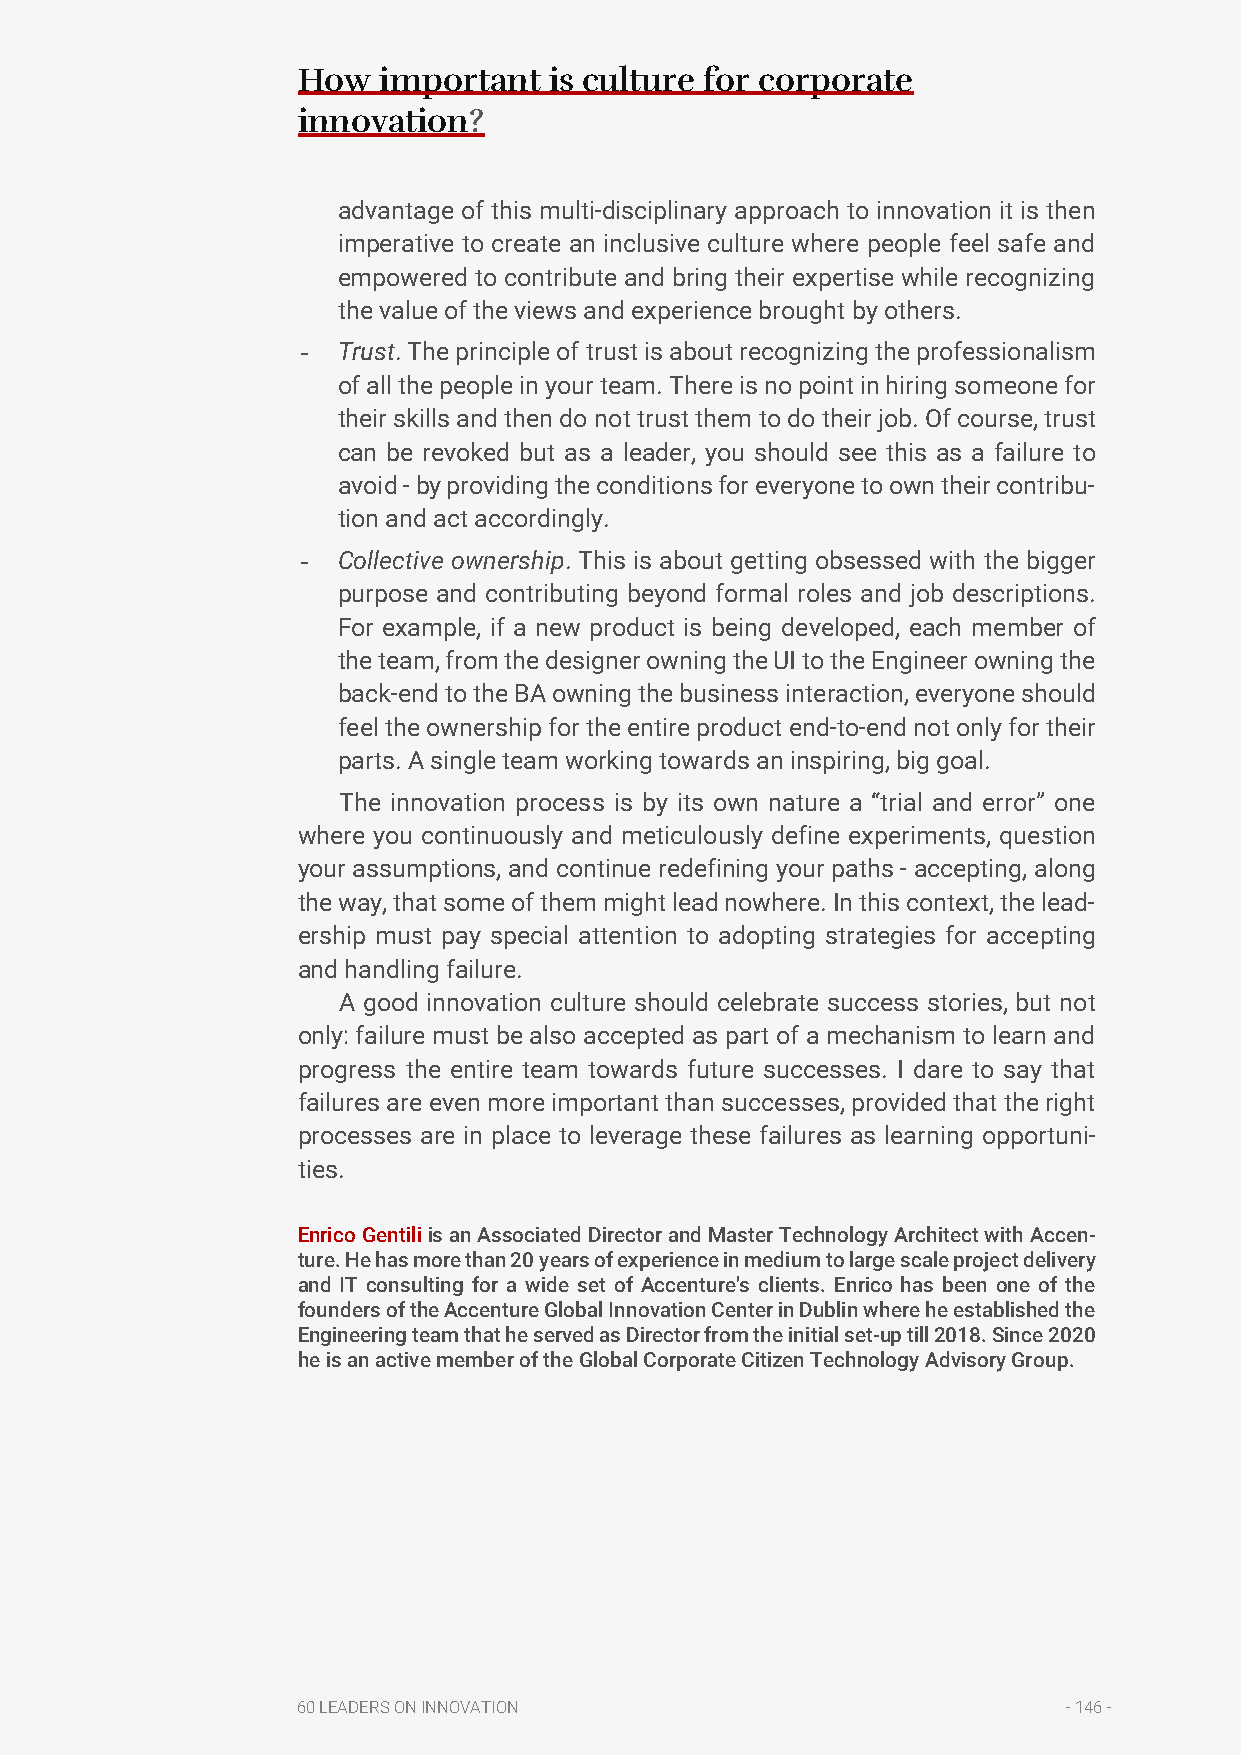
How  important  is culture for corporate
 innovation?
 advantage of this multi-disciplinary approach to innovation it is then
 imperative to create an inclusive culture where people feel safe and
 empowered to contribute and bring their expertise while recognizing
 the value of the views and experience brought by others.
 - Trust. The principle of trust is about recognizing the professionalism
 of all the people in your team. There is no point in hiring someone for
 their skills and then do not trust them to do their job. Of course, trust
 can be revoked but as a leader, you should see this as a failure to
 avoid - by providing the conditions for everyone to own their contribu-
 tion and act accordingly.
 - Collective ownership. This is about getting obsessed with the bigger
 purpose and contributing beyond formal roles and job descriptions.
 For example, if a new product is being developed, each member of
 the team, from the designer owning the UI to the Engineer owning the
 back-end to the BA owning the business interaction, everyone should
 feel the ownership for the entire product end-to-end not only for their
 parts. A single team working towards an inspiring, big goal.
 The innovation process is by its own nature a “trial and error” one
 where you continuously and meticulously define experiments, question
 your assumptions, and continue redefining your paths - accepting, along
 the way, that some of them might lead nowhere. In this context, the lead-
 ership must pay special attention to adopting strategies for accepting
 and handling failure.
 A good innovation culture should celebrate success stories, but not
 only: failure must be also accepted as part of a mechanism to learn and
 progress the entire team towards future successes. I dare to say that
 failures are even more important than successes, provided that the right
 processes are in place to leverage these failures as learning opportuni-
 ties.
 Enrico Gentili is an Associated Director and Master Technology Architect with Accen-
 ture. He has more than 20 years of experience in medium to large scale project delivery
 and IT consulting for a wide set of Accenture's clients. Enrico has been one of the
 founders of the Accenture Global Innovation Center in Dublin where he established the
 Engineering team that he served as Director from the initial set-up till 2018. Since 2020
 he is an active member of the Global Corporate Citizen Technology Advisory Group.
 60 LEADERS ON INNOVATION                           - 146 -